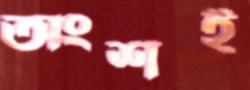
অংশই